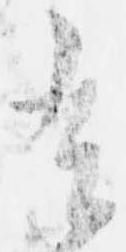
有